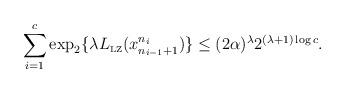
LaTeX: \begin{align*}\sum_{i=1}^c\exp_2\{\lambda L_{\mbox{\tiny LZ}}(x_{n_{i-1}+1}^{n_i})\}\le(2\alpha)^{\lambda}2^{(\lambda+1)\log c}.\end{align*}